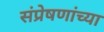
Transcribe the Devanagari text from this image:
संप्रेषणांच्या